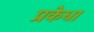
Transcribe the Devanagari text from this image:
प्रकेधा